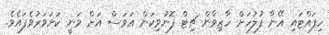
ހިފައްޓައި އޭނާ ފުލުހަށް ހާޒިވާން ޗިޓް ފޮނުވިކަން އަވަސް އަށް ވަނީ ކަށަވަރުވެފައެވެ.